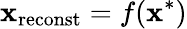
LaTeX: {\mathbf x}_{\mathrm{reconst}}=f({\mathbf x}^{*})